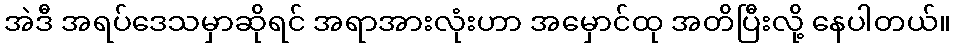
အဲဒီ အရပ်ဒေသမှာဆိုရင် အရာအားလုံးဟာ အမှောင်ထု အတိပြီးလို့ နေပါတယ်။